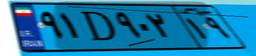
۴۳D۴۰۴۵۴